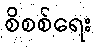
စိစစ်ရေး